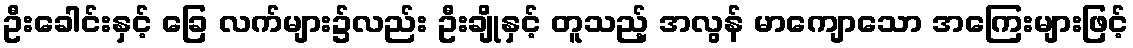
ဦးခေါင်းနှင့် ခြေ လက်များ၌လည်း ဦးချိုနှင့် တူသည့် အလွန် မာကျောသော အကြေးများဖြင့်